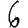
Digit: 6